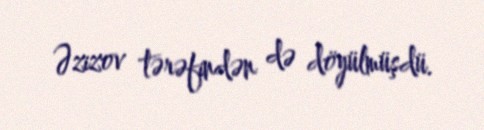
Əzizov tərəfindən də döyülmüşdü.